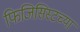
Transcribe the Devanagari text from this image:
फिजिसिस्टच्या